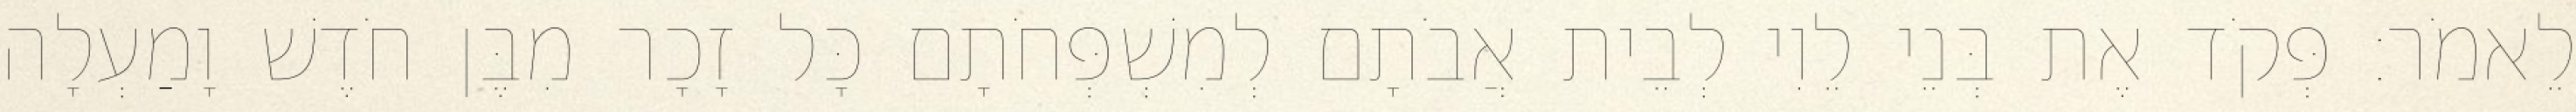
לֵאמֹר׃ פְּקֹד אֶת בְּנֵי לֵוִי לְבֵית אֲבֹתָם לְמִשְׁפְּחֹתָם כָּל זָכָר מִבֶּן חֹדֶשׁ וָמַעְלָה